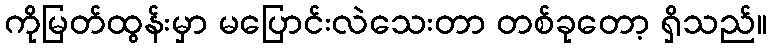
ကိုမြတ်ထွန်းမှာ မပြောင်းလဲသေးတာ တစ်ခုတော့ ရှိသည်။